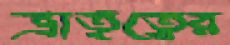
ভ্রাতৃত্বের